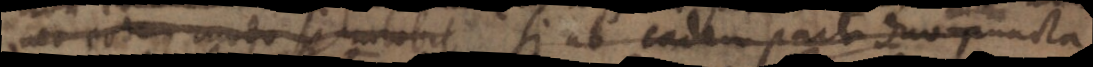
nec eodem modo se duo _ bit si ab eadem parti duo puncta